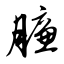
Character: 臁